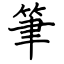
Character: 筆